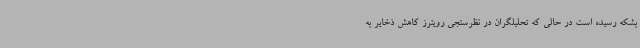
بشکه رسیده است در حالی که تحلیلگران در نظرسنجی رویترز کاهش ذخایر به